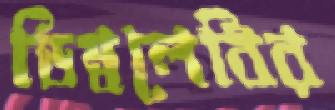
ডিম্বলেবির